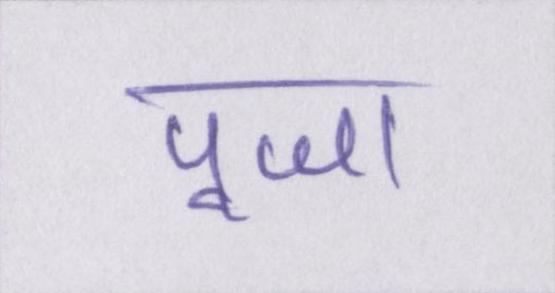
पूजा